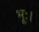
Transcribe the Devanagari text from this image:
भूः।